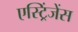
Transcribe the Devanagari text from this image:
एस्ट्रिंजेंस